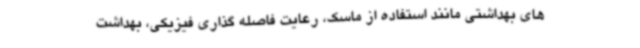
های بهداشتی مانند استفاده از ماسک، رعایت فاصله گذاری فیزیکی، بهداشت